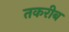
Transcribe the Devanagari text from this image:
तकरीब